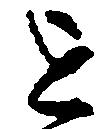
を